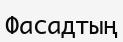
Фасадтың